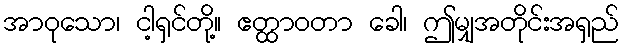
အာဝုသော၊ ငါ့ရှင်တို့။ ဧတ္ထာဝတာ ခေါ၊ ဤမျှအတိုင်းအရှည်